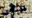
الناس